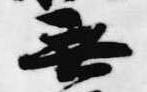
無